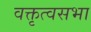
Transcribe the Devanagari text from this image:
वक्तृत्वसभा